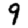
Digit: 9